Report on vaccination in Madras 1904-1921 - 1904-1921
Year: 1904
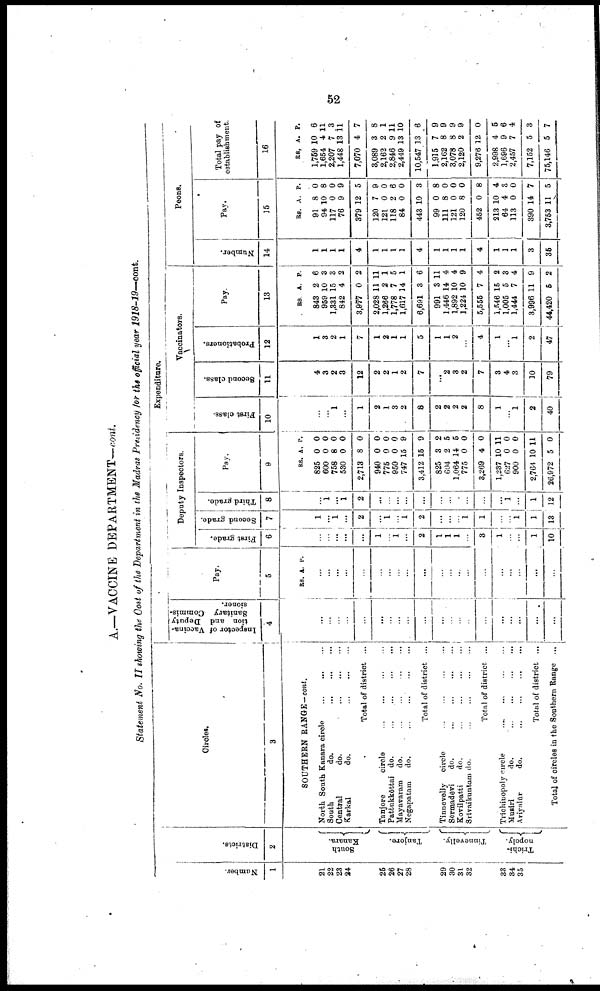
52
A.—VACCINE DEPARTMENT—cont.
Statement No. II showing the Cost of the Department in the Madras Presidency for the official year 1918-19—cont.
Number.
1
21
22
23
24
25
26
27
28
29
30
31
32
33
34
35
Districts.
2
South
Kanara.
Tanjore.
Tinnevelly.
Trichi-
nopoly.
Circles.
3
SOUTHERN RANGE—cont.
North South Kanara circle
...
...
...
South
do.
...
...
...
Central
do.
...
...
...
Karkal
do.
...
...
...
Total of district ...
Tanjore
circle
...
...
...
...
Pattukkōttai do.
...
...
...
...
Mayavaram
do.
...
...
...
...
Negapatam
do.
...
...
...
...
Total of district ...
Tinnevelly circle
...
...
...
...
Sērmadēvi
do.
...
...
...
...
Kovilpatti
do.
...
...
...
...
Srīvaikuntam do.
...
...
...
...
Total of district ...
Trichinopoly circle
...
...
...
...
Musiri
do.
...
...
...
...
Ariyalūr
do.
...
...
...
...
Total of district ...
Total of circles in the Southern Range ...
Expenditure.
Inspector of Vaccina
tion and Deputy
Sanitary Commis
sioner.
4
...
...
...
...
...
...
...
...
...
...
...
...
...
...
...
...
...
...
...
...
Pay.
5
RS. A. P.
...
...
...
...
...
...
...
...
...
...
...
...
...
...
...
...
...
...
...
...
Deputy Inspectors.
First grade.
6
...
...
...
...
...
1
...
1
...
2
1
1
1
...
3
1
...
...
1
10
Second grade.
7
1
...
1
...
2
...
1
...
1
2
...
...
...
1
1
...
...
1
1
13
Third grade.
8
...
1
...
1
2
...
...
...
...
...
...
...
...
...
...
...
1
...
1
12
Pay.
9
RS.
825
600
758
530
2,713
940
775
950
747
3,412
825
604
1,064
775
3,269
1,237
627
900
2,764
26,972
A.
0
0
8
0
8
0
0
0
15
15
3
2
14
0
4
10
0
0
10
5
P.
0
0
0
0
0
0
0
0
9
9
2
5
5
0
0
11
0
0
11
0
Vaccinators.
First class-
10
...
...
1
...
1
2
1
3
2
8
2
2
2
2
8
1
...
1
2
40
Second class.
11
4
3
2
3
12
2
2
1
2
7
...
2
3
2
7
3
4
3
10
79
Probationers.
12
1
3
2
1
7
1
2
1
1
5
1
1
2
...
4
1
...
1
2
47
Pay.
13
RS.
843
959
1,331
842
3,977
2,028
1,266
1,778
1,617
6,691
991
1,446
1,892
1,224
5,555
1,546
1,005
1,444
3,996
44,420
A.
2
10
15
4
0
11
2
7
14
3
3
14
10
10
7
15
5
7
11
5
P.
6
3
3
2
2
11
1
5
1
6
11
4
4
9
4
2
3
4
9
2
Peons.
Number.
14
1
1
1
1
4
1
1
1
1
4
1
1
1
1
4
1
1
1
3
35
Pay.
15
RS.
91
94
117
76
379
120
121
118
84
443
99
111
121
120
452
213
64
113
390
3,753
A.
8
10
0
9
12
7
0
2
0
10
0
8
0
8
0
10
4
0
14
11
P.
0
8
0
9
5
9
0
6
0
3
8
0
0
0
8
4
3
0
7
5
Total pay of
establishment.
16
RS.
1,759
1,654
2,207
1,448
7,070
3,089
2,162
2,846
2,449
10,547
1,915
2,162
3,078
2,120
9,276
2,998
1,696
2,457
7,152
75,146
A.
10
4
7
13
4
3
2
9
13
13
7
8
8
2
12
4
9
7
5
5
P.
6
11
3
11
7
8
1
11
10
6
9
9
9
9
0
5
6
4
3
7